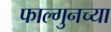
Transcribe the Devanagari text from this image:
फाल्गुनच्या